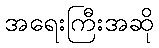
အရေးကြီးအဆို